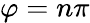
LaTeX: \varphi=n\pi